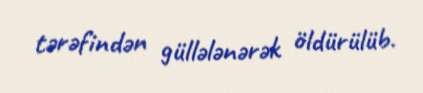
tərəfindən güllələnərək öldürülüb.